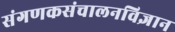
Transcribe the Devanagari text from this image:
संगणकसंचालनविज्ञान